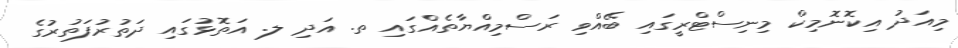
މިއަދު އިކޮނޮމިކް މިނިސްޓްރީގައި ބޭއްވި ރަސްމިއްޔާތެއްގައި ތ. އަދި ލ. އަތޮޅުގައި ދަތުރުފަތުރުގެ